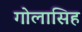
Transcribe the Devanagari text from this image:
गोलासिह